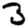
Digit: 3